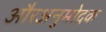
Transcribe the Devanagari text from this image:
औरअनुमोदक